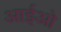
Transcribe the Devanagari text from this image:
आईओ